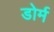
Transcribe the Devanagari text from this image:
डोर्म